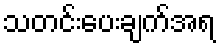
သတင်းပေးချက်အရ